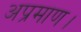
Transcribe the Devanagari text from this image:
अप्रमाण।